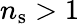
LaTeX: n_{\mathrm{s}}>1